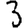
Digit: 3